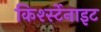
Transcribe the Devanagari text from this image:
किर्श्स्टेनाइट